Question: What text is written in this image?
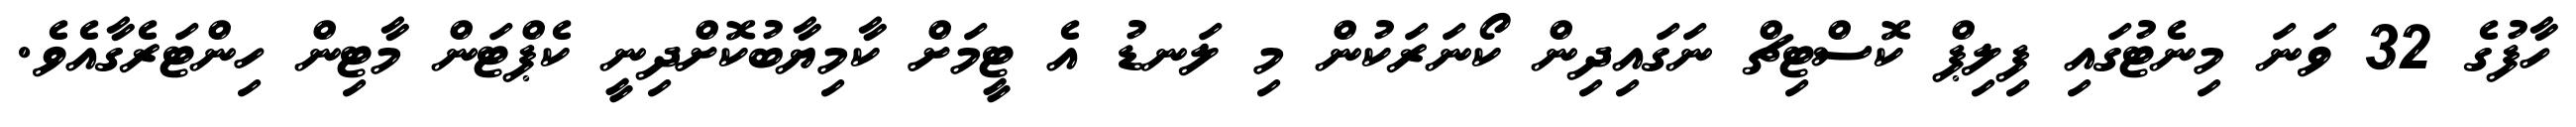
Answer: ހާފުގެ 32 ވަނަ މިނެޓުގައި ފިލިޕް ކޮސްޓިޗް ނަގައިދިން ކޯނަރަކުން މި ލަނޑު އެ ޓީމަށް ކާމިޔާބުކޮށްދިނީ ކެޕްޓަން މާޓިން ހިންޓަރެގާއެވެ.